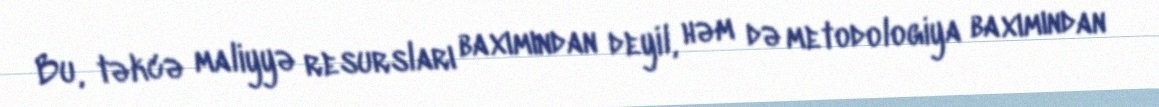
Bu, təkcə maliyyə resursları baxımından deyil, həm də metodologiya baxımından